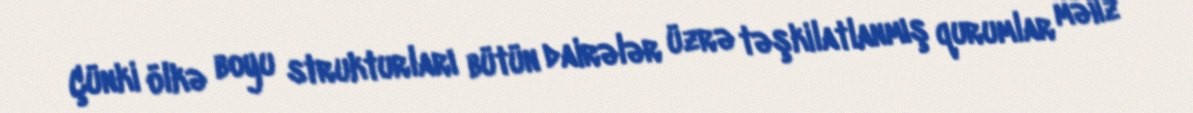
Çünki ölkə boyu strukturları bütün dairələr üzrə təşkilatlanmış qurumlar məhz